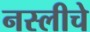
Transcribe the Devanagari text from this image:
नस्लीचे